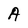
Character: A